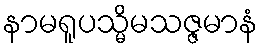
နာမရူပသ္မိမသဇ္ဇမာနံ